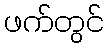
ဖက်တွင်